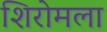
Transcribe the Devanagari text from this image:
शिरोमला